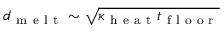
d _ { \mathrm { ~ m ~ e ~ l ~ t ~ } } \sim \sqrt { \kappa _ { \mathrm { ~ h ~ e ~ a ~ t ~ } } t _ { \mathrm { ~ f ~ l ~ o ~ o ~ r ~ } } }